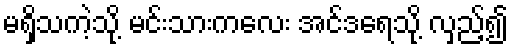
မရှိသကဲ့သို့ မင်းသားကလေး အင်ဒရေသို့ လှည့်၍